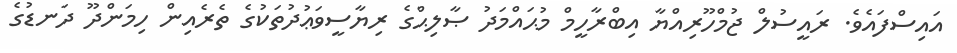
އައިސްފައެވެ. ރައީސުލް ޖުމްހޫރިއްޔާ އިބްރާހީމް މުޙައްމަދު ޞާލިޙްގެ ރިޔާސީވަޢުދުތަކުގެ ތެރެއިން ހިމަންދޫ ދަނޑުގެ